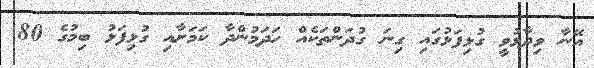
އޭނާ ވިދާޅުވީ ގުޅިފަޅުގައި ގިނަ ގުދަންތަކެއް ހަދަމުންދާ ކަމަށާއި ގުޅިފަޅު ބިމުގެ 80